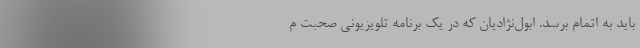
باید به اتمام برسد. ابول‌نژادیان که در یک برنامه تلویزیونی صحبت م